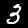
Digit: 3